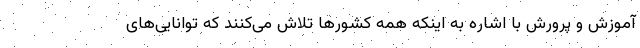
آموزش و پرورش با اشاره به اینکه همه کشورها تلاش می‌کنند که توانایی‌های